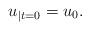
LaTeX: \begin{align*} u_{\mid t=0}=u_0.\end{align*}